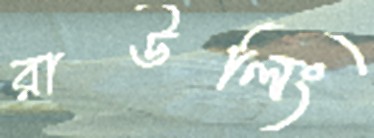
রাউলিং